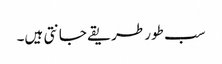
سب طور طریقے جانتی ہیں۔